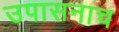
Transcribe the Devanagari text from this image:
उपासनाच